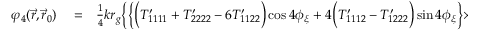
\begin{array} { r l r } { \varphi _ { 4 } ( \vec { r } , \vec { r } _ { 0 } ) } & { { } = } & { { \textstyle \frac { 1 } { 4 } } k r _ { g } \bigg \{ \Big \{ \Big ( { \cal T } _ { 1 1 1 1 } ^ { \prime } + { \cal T } _ { 2 2 2 2 } ^ { \prime } - 6 { \cal T } _ { 1 1 2 2 } ^ { \prime } \Big ) \cos 4 \phi _ { \xi } + 4 \Big ( { \cal T } _ { 1 1 1 2 } ^ { \prime } - { \cal T } _ { 1 2 2 2 } ^ { \prime } \Big ) \sin 4 \phi _ { \xi } \Big \} \times } \end{array}